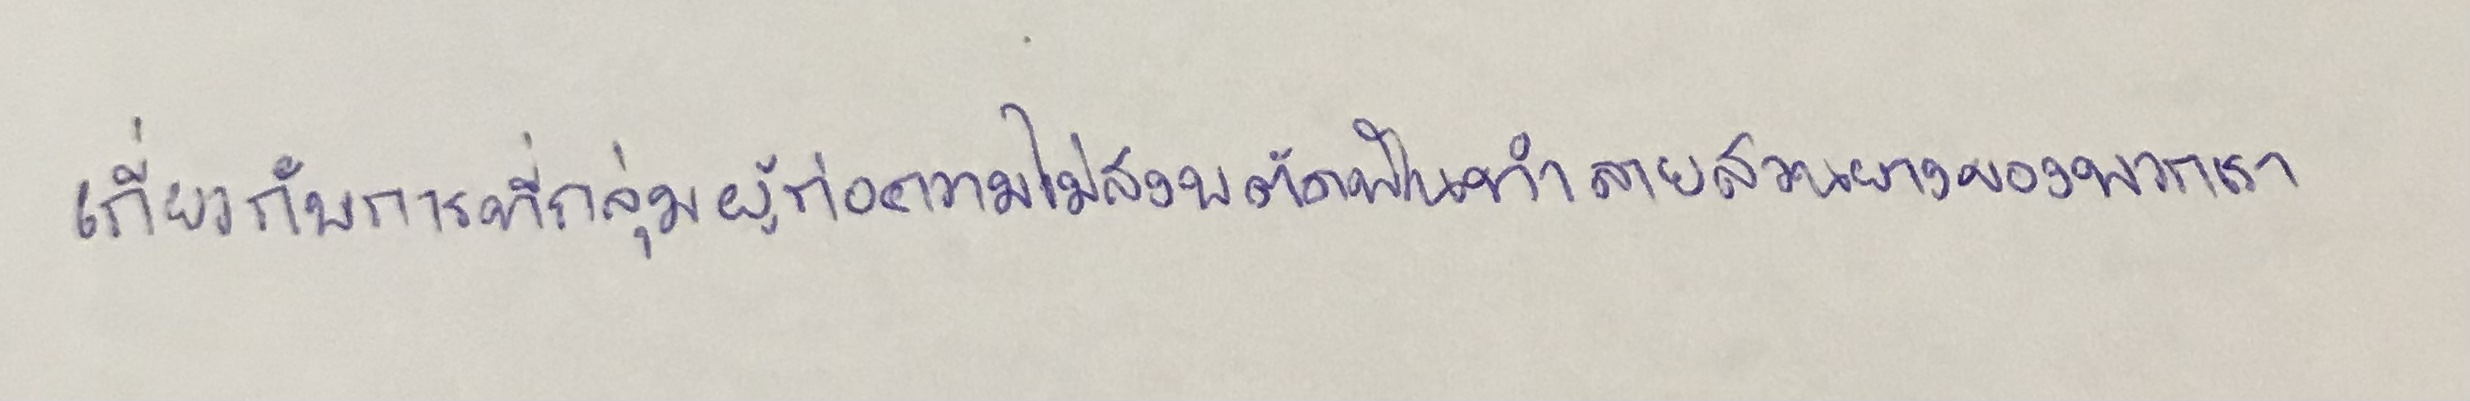
เกี่ยวกับการที่กลุ่มผู้ก่อความไม่สงบตัดฟันทำลายสวนยางของพวกเขา